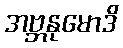
အဗ္ဘနုမောဒိ